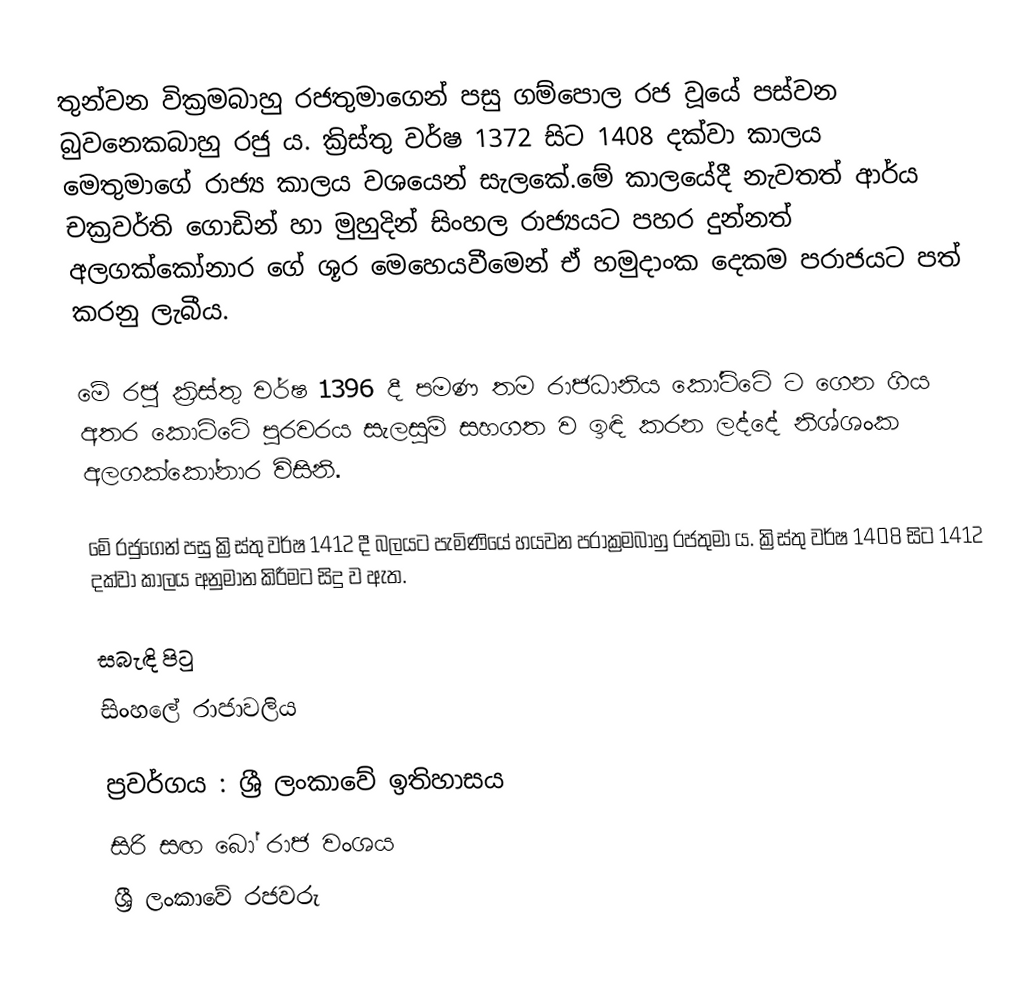
තුන්වන වික්‍රමබාහු රජතුමාගෙන් පසු ගම්පොල රජ වූයේ පස්වන බුවනෙකබාහු රජු ය. ක්‍රිස්තු වර්ෂ 1372 සිට 1408 දක්වා කාලය මෙතුමාගේ රාජ්‍ය කාලය වශයෙන් සැලකේ.මේ කාලයේදී නැවතත් ආර්ය චක්‍රවර්ති ගොඩින් හා මුහුදින් සිංහල රාජ්‍යයට පහර දුන්නත් අලගක්කෝනාර ගේ ශූර මෙහෙයවීමෙන් ඒ හමුදාංක දෙකම පරාජයට පත් කරනු ලැබීය.

මේ රජු ක්‍රිස්තු වර්ෂ 1396 දී පමණ තම රාජධානිය කෝට්ටේ ට ගෙන ගිය අතර කොට්ටේ පුරවරය සැලසුම් සහගත  ව ඉඳි කරන ලද්දේ නිශ්ශංක අලගක්කෝනාර විසිනි.

මේ රජුගෙන් පසු ක්‍රිස්තු වර්ෂ 1412 දී බලයට පැමිණියේ  හයවන පරාක්‍රමබාහු රජතුමා ය. ක්‍රිස්තු වර්ෂ 1408 සිට 1412 දක්වා කාලය අනුමාන කිරීමට සිදු ව ඇත.

සබැඳි පිටු
 සිංහලේ රාජාවලිය

ප්‍රවර්ගය : ශ්‍රී ලංකාවේ ඉතිහාසය
සිරි සඟ බෝ රාජ වංශය
ශ්‍රී ලංකාවේ රජවරු